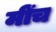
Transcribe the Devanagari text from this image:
मींच